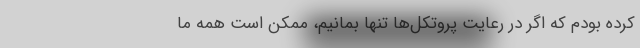
کرده بودم که اگر در رعایت پروتکل‌‌ها تنها بمانیم، ممکن است همه ما